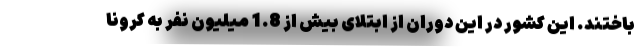
باختند. این کشور در این دوران از ابتلای بیش از 1.8 میلیون نفر به کرونا